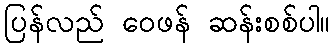
ပြန်လည် ဝေဖန် ဆန်းစစ်ပါ။